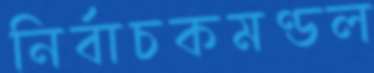
নির্বাচকমণ্ডল